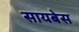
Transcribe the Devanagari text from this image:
सायबेस